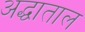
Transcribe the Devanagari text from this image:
अद्धाताल